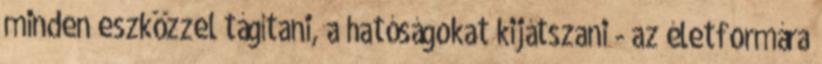
minden eszközzel tágítani, a hatóságokat kijátszani - az életformára